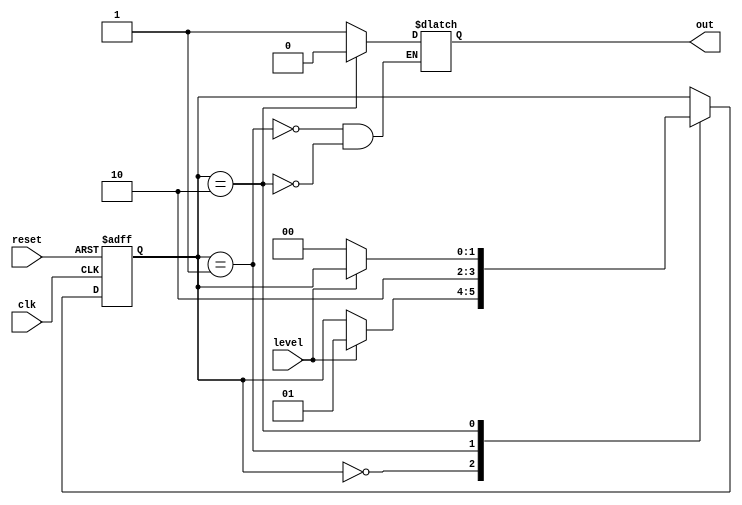
`timescale 1ns / 1ps
//////////////////////////////////////////////////////////////////////////////////
// Company: 
// Engineer: 
// 
// Design Name: 
// Module Name: edgeDetector
// Project Name: 
// Target Devices: 
// Tool Versions: 
// Description: 
// 
// Dependencies: 
// 
// Revision:
// Revision 0.01 - File Created
// Additional Comments:
// 
//////////////////////////////////////////////////////////////////////////////////


module edgeDetector
(
    input wire clk, reset, 
    input wire level, 
    output reg out
);

localparam [1:0] // 3 states are required for Moore
    zeroMoore = 2'b00,
    edgeMoore = 2'b01, 
    oneMoore = 2'b10,
    delay = 2'b11;

reg[1:0] stateMoore_reg, stateMoore_next;

always @(posedge clk, posedge reset)
begin
    if(reset) // go to state zero if rese
        begin
        stateMoore_reg <= zeroMoore;
        end
    else // otherwise update the states
        begin
        stateMoore_reg <= stateMoore_next;
        end
end

// Moore Design 
always @(stateMoore_reg, level)
begin
    // store current state as next
    stateMoore_next = stateMoore_reg; // required: when no case statement is satisfied
     // set tick to zero (so that 'tick = 1' is available for 1 cycle only)
    case(stateMoore_reg)
        zeroMoore: // if state is zero,
            if(level) // and level is 1
                stateMoore_next = edgeMoore; // then go to state edge.
        edgeMoore:
            begin
                out = 1'b1;
                stateMoore_next = oneMoore;
            end
        oneMoore: begin
            out = 1'b0;
            if (~level) 
                stateMoore_next = zeroMoore; // then go to state zero.      
        end
    endcase
end
endmodule